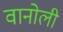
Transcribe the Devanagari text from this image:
वानोली